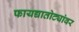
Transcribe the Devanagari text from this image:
फायद्यातोट्यांवर